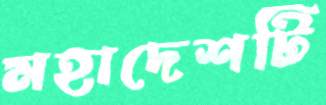
মহাদেশটি